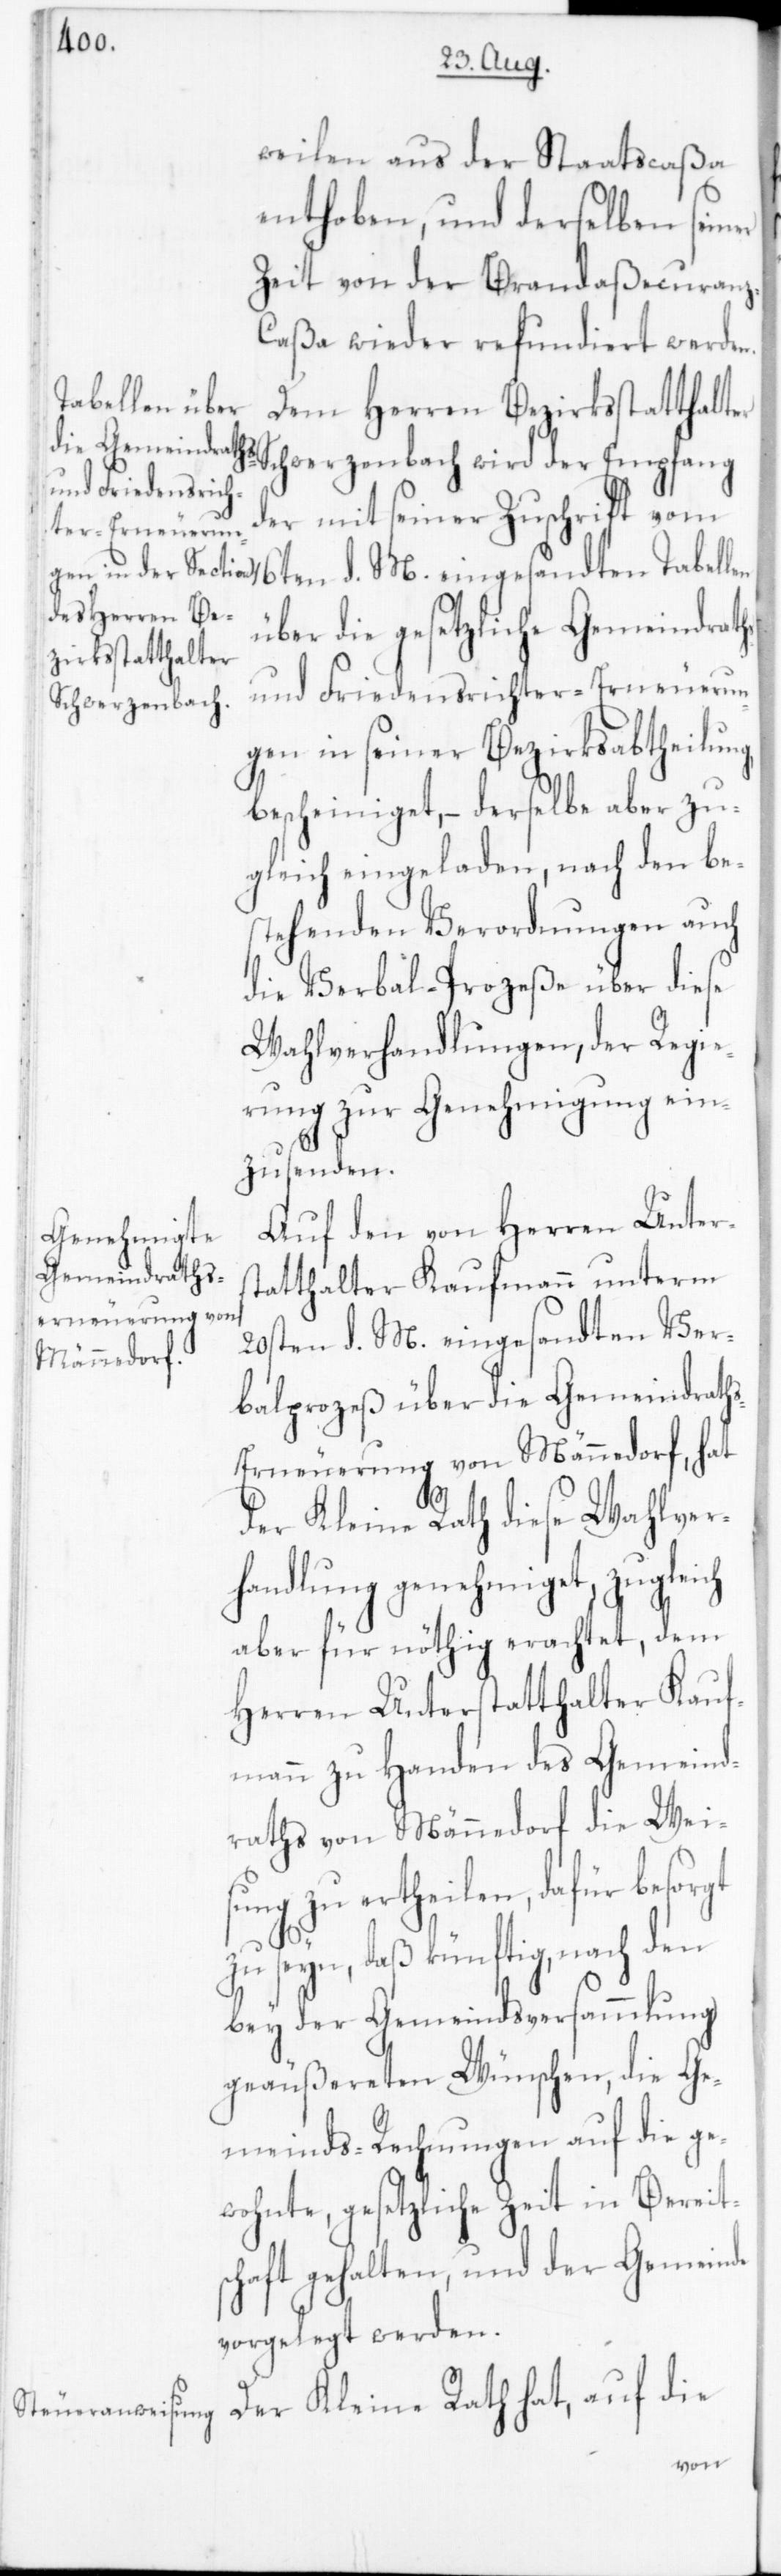
weilen aus der Staatscaßa
enthoben und derselben seiner
Zeit von der Brandaßecuranz-C¬
aßa wieder refundiert werden.
abellen über
Dem Herren Bezirksstatthalter
Schwerzenbach wird der Empfang
der mit seiner Zuschrift vom
und Friedensrichter-Erneuerun¬
gen in seiner Bezirksabtheilung
bescheiniget, – derselbe aber zu¬
gleich eingeladen, nach den bes¬
tehenden Verordnungen auch
die Verbal-Prozeße über diese
Wahlverhandlungen, der Regie¬
rung zur Genehmigung ein¬
zusenden.
Auf den von Herren Unters¬
Gemeindraths-
tatthalter Kaufmann unterm
20sten d. M. eingesandten Ver¬
balprozeß über die Gemeindrath¬
s-Erneuerung von Männedorf, hat
der Kleine Rath diese Wahlver¬
handlung genehmiget, zugleich
aber für nöthig erachtet, dem
Herren Unterstatthalter Kauf¬
mann zu Handen des Gemeind¬
raths von Männedorf die Weis¬
ung zu ertheilen, dafür besorgt
zu seyn, daß künftig, nach den
bey der Gemeindsversammlung
geäußereten Wünschen, die Ge¬
meinds-Rechnungen auf die ge¬
wohnte gesetzliche Zeit in Bereit¬
schaft gehalten und der Gemeinde
vorgelegt werden.
Der Kleine Rath hat, auf die